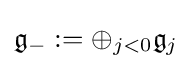
{\mathfrak {g}}_{-}:=\oplus _{j<0}{\mathfrak {g}}_{j}